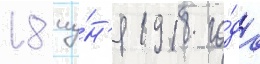
18 иу́н'я 1918 го́да